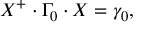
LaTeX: { \cal X } ^ { + } \cdot \Gamma _ { 0 } \cdot { \cal X } = \gamma _ { 0 } ,